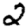
Digit: 2